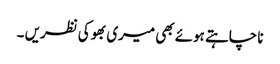
نا چاہتے ہوئے بھی میری بھوکی نظریں ۔